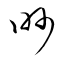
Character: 眇